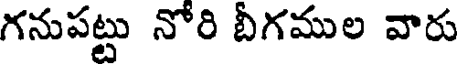
గనుపట్టు నోరి బీగముల వారు